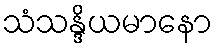
သံသန္ဒိယမာနော